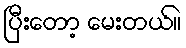
ပြီးတော့ မေးတယ်။